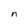
Character: n